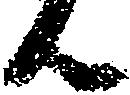
ん